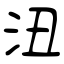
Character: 沑